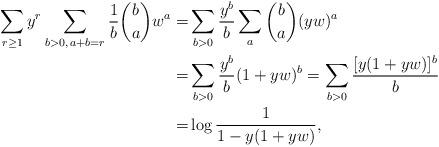
LaTeX: \begin{align*}\sum_{r\ge 1}y^r \sum_{b>0,\,a+b=r}\frac{1}{b} \binom{b}{a}w^a=&\sum_{b>0}\frac{y^b}{b}\sum_a\binom{b}{a}(yw)^a\\=&\sum_{b>0}\frac{y^b}{b}(1+yw)^b=\sum_{b>0}\frac{[y(1+yw)]^b}{b}\\=&\log\frac{1}{1-y(1+yw)},\end{align*}